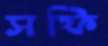
সফি